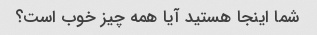
شما اینجا هستید آیا همه چیز خوب است؟